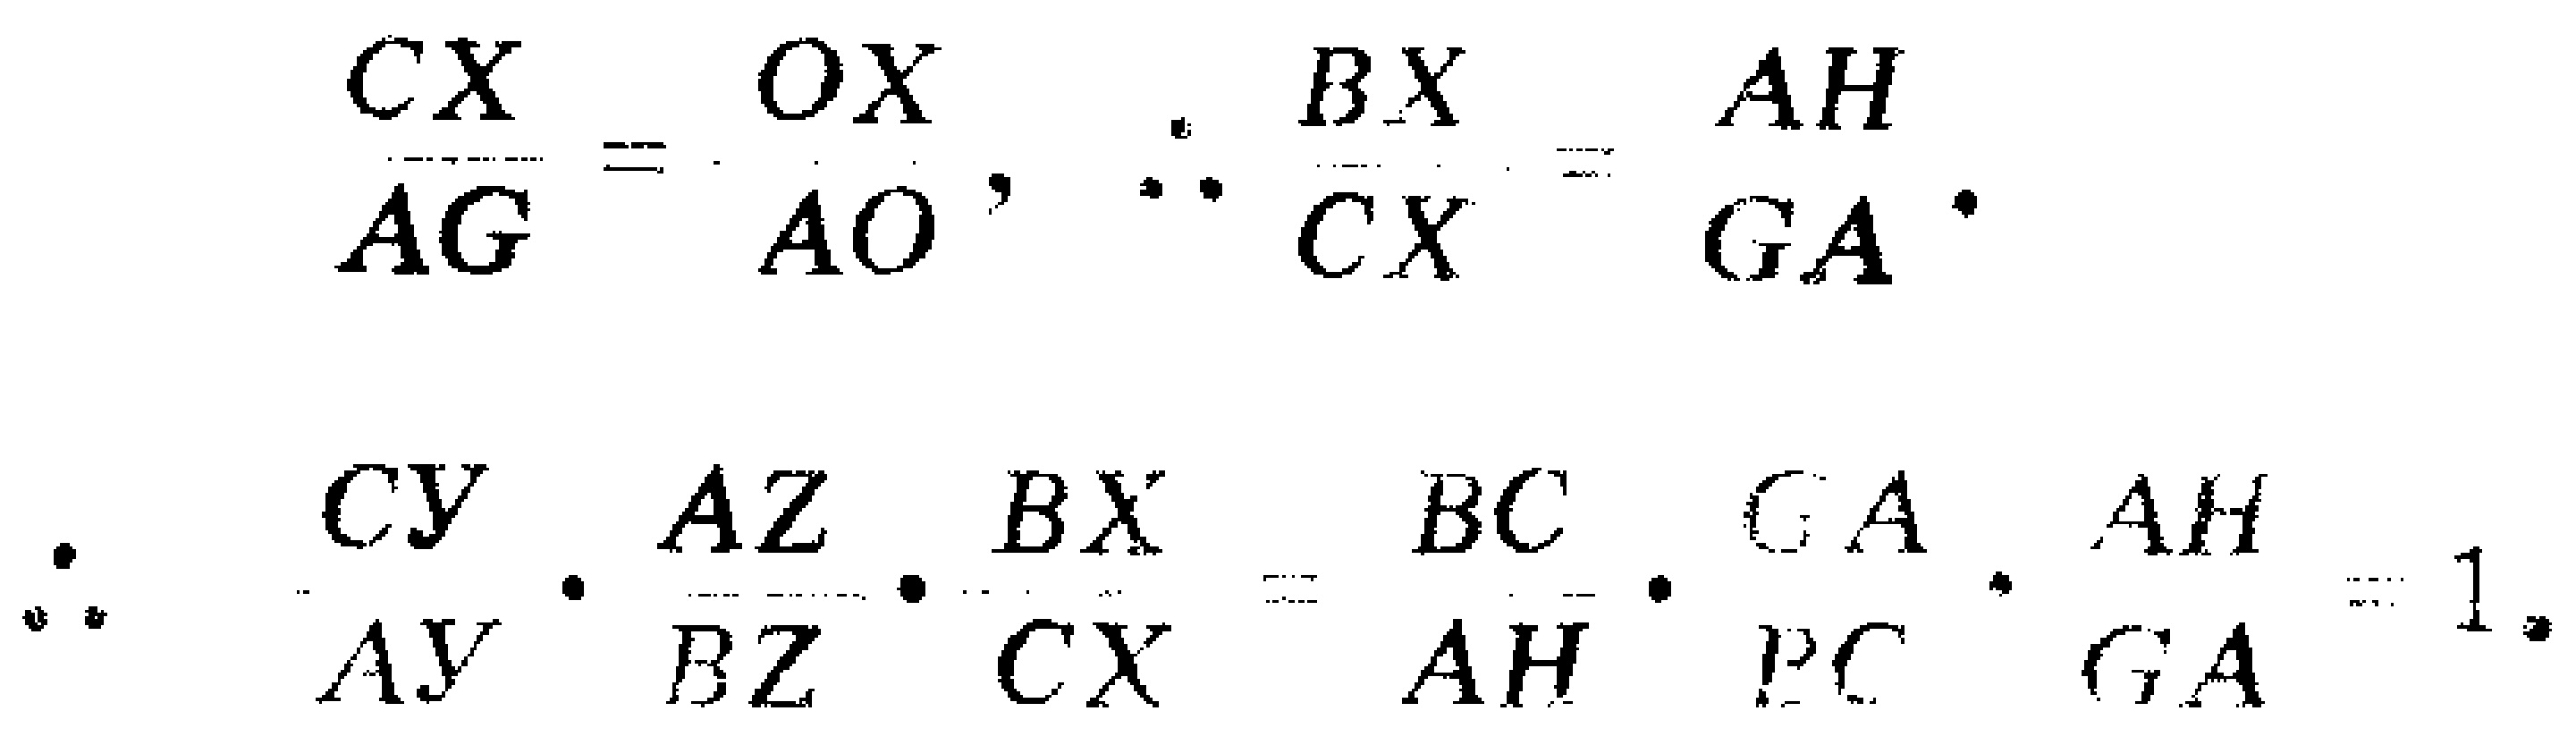
\[

\frac{CX}{AG}=\frac{OX}{AO},\therefore\frac{BX}{CX}=\frac{AH}{GA}.

\]

\[

\therefore\frac{CY}{AY}\cdot\frac{AZ}{BZ}\cdot\frac{BX}{CX}=\frac{BC}{AH}\cdot\frac{GA}{PC}\cdot\frac{AH}{GA}=1.

\]